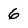
Character: 6